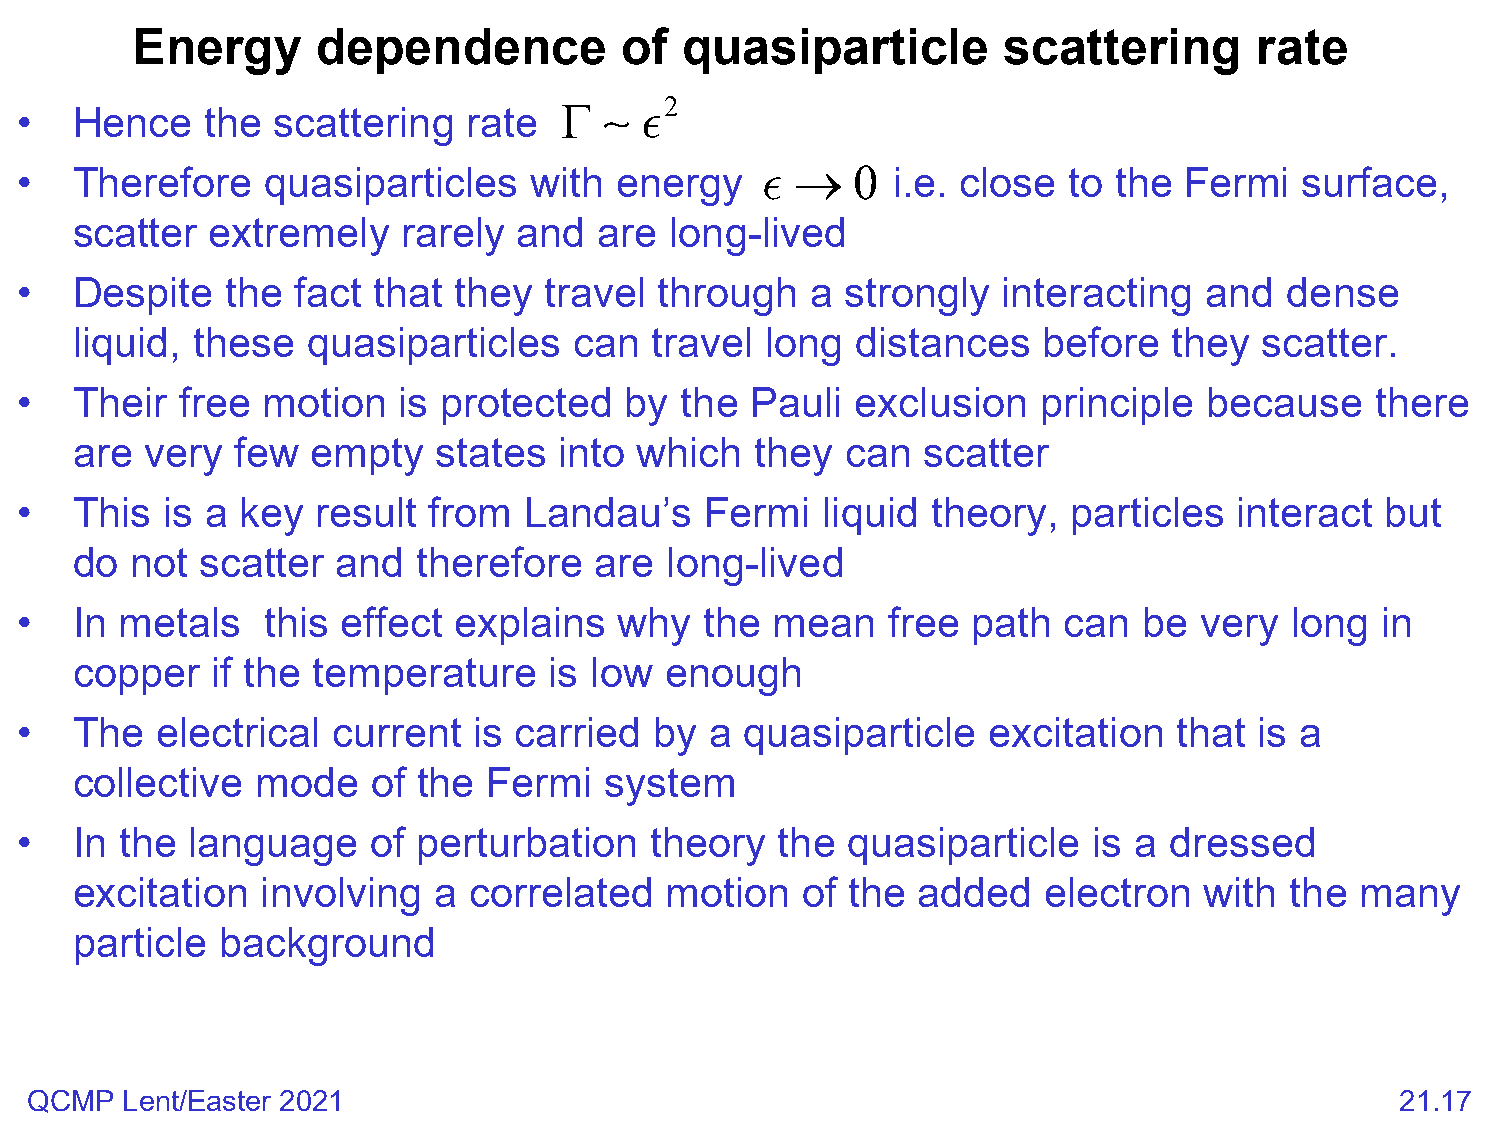
Energy      dependence          of  quasiparticle        scattering       rate
 •   Hence    the scattering   rate
 Γ
 
 2
 •   Therefore    quasiparticles   with  energy     →  0  i.e. close  to the Fermi   surface,
 scatter  extremely    rarely and   are long-lived
 •   Despite   the  fact that they  travel  through   a strongly  interacting   and  dense
 liquid, these  quasiparticles    can  travel  long  distances   before   they  scatter.
 •   Their  free motion   is protected   by  the  Pauli  exclusion   principle  because    there
 are  very  few  empty   states  into which   they  can  scatter
 •   This  is a key  result from   Landau’s    Fermi  liquid  theory,  particles  interact  but
 do  not scatter  and   therefore  are  long-lived
 •   In metals    this effect explains   why   the mean    free path  can   be very  long  in
 copper   if the temperature    is low  enough
 •   The  electrical  current  is carried  by  a quasiparticle   excitation   that is a
 collective  mode    of the Fermi   system
 •   In the language     of perturbation   theory  the  quasiparticle   is a dressed
 excitation  involving   a correlated   motion   of the  added   electron   with the  many
 particle background
 QCMP  Lent/Easter 2021                                                                     21.17